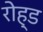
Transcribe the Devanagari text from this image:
रोह्ड